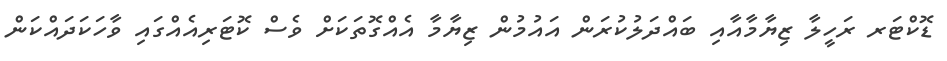
ޑޮކްޓަރ ރަހީލާ ޒިޔާމާއާއި ބައްދަލުކުރަން އައުމުން ޒިޔާމާ އެއްގޮތަކަށް ވެސް ކޮޓަރިއެއްގައި ވާހަކަދައްކަން